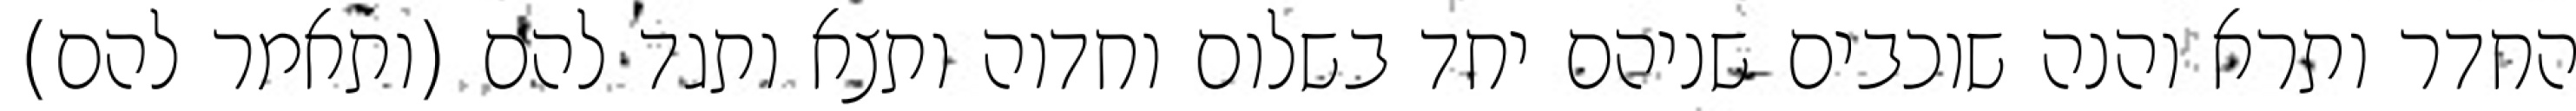
החדר ותרא והנה שוכבים שניהם יחד בשלום וחדוה ותצא ותגד להם (ותאמר להם)